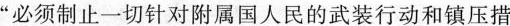
”必须制止一切针对附属国人民的武装行动和镇压措